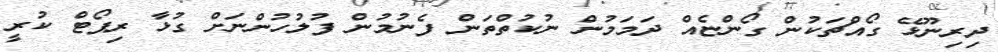
ދިރިނޫޅޭ ގޯއްޗަކުން ގޯންޏެއް ދަމަމުން ނުކުތްތަން ފެނުމުން ފުލުހުންނަށް ގުޅާ ރިޕޯޓް ކުރީ